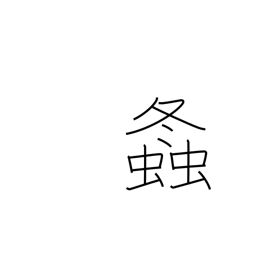
Meaning: grasshopper